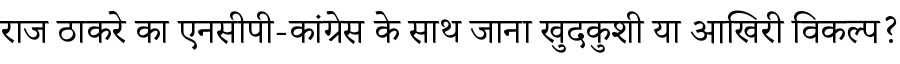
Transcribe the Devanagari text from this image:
राज ठाकरे का एनसीपी-कांग्रेस के साथ जाना खुदकुशी या आखिरी विकल्प?